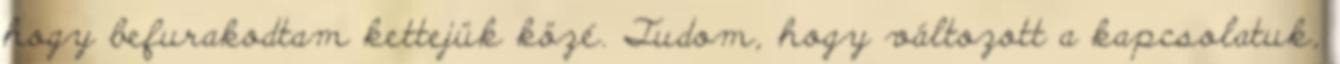
hogy befurakodtam kettejük közé. Tudom, hogy változott a kapcsolatuk,